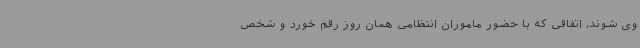
وی شوند، اتفاقی که با حضور ماموران انتظامی همان روز رقم خورد و شخص